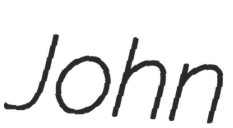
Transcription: John